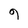
Character: 9